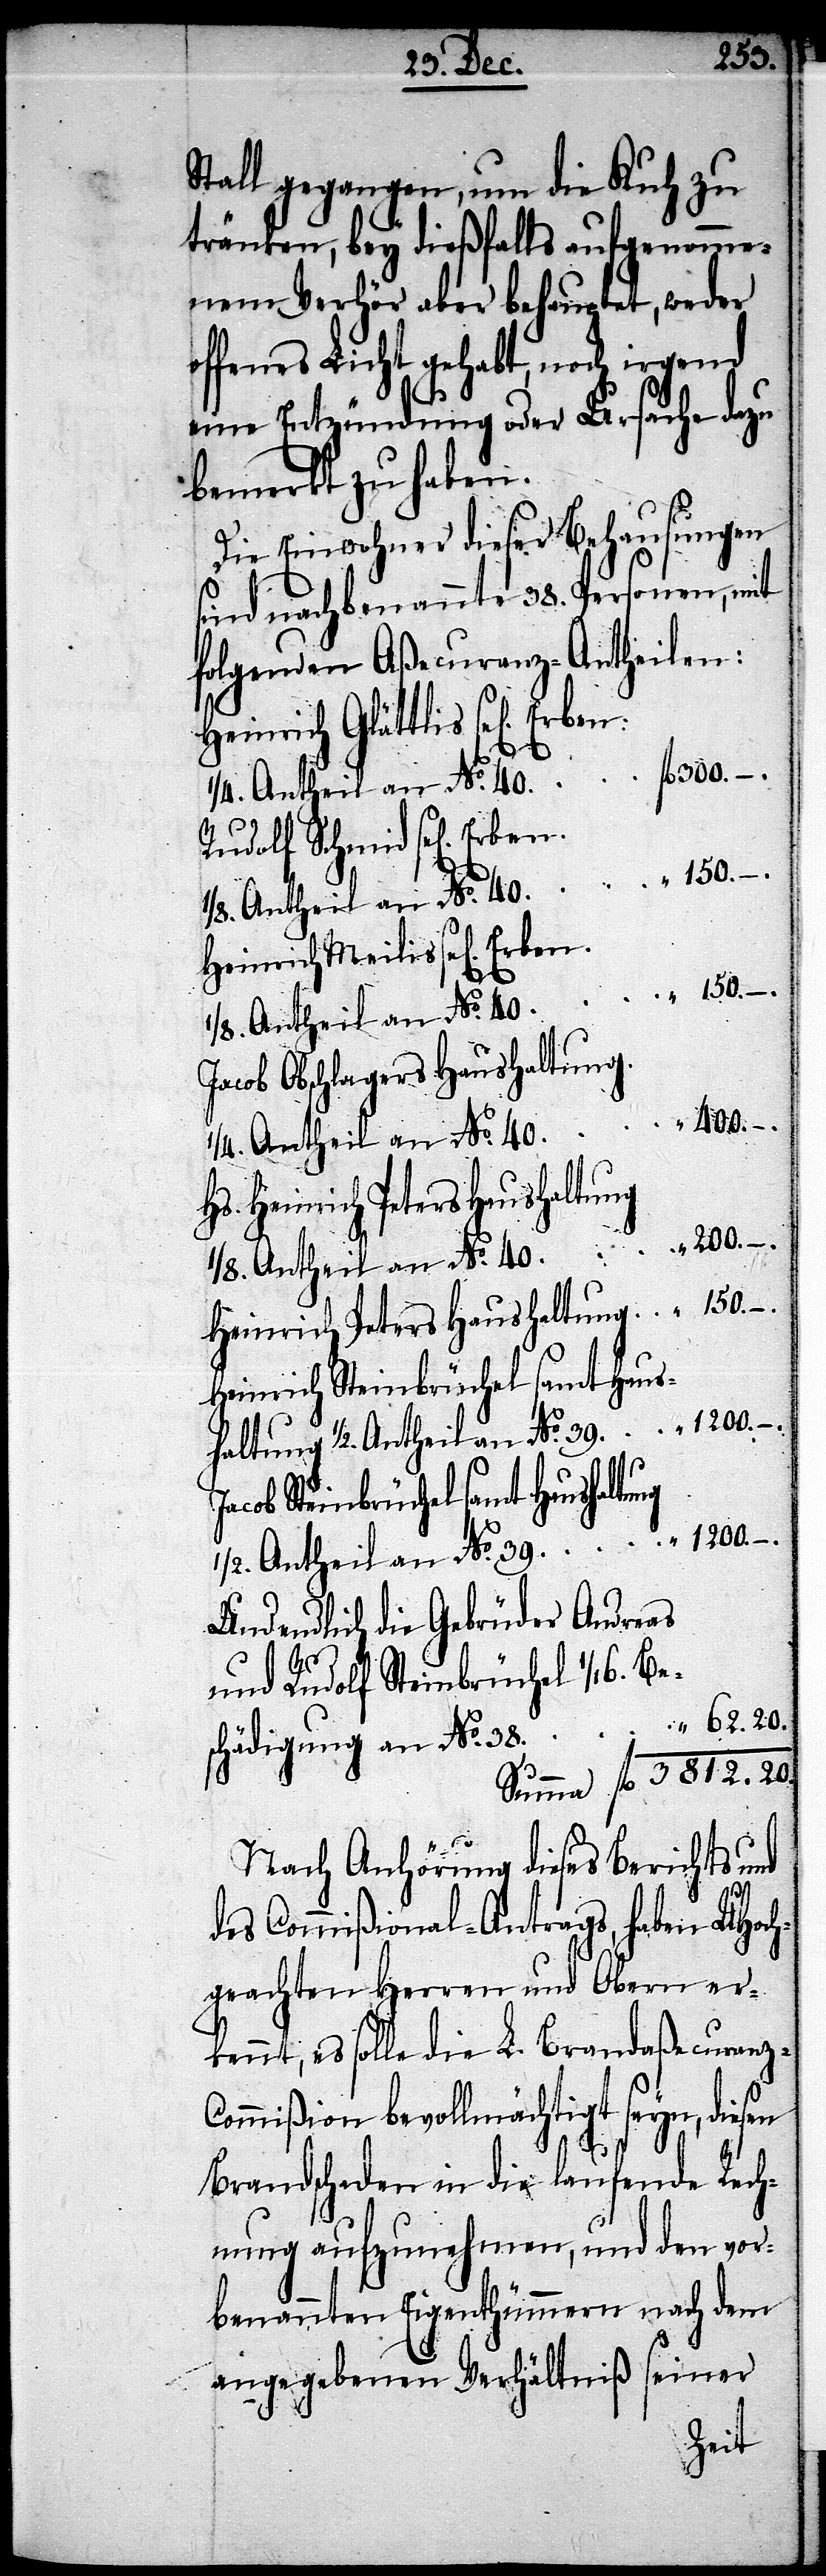
3812.20.
Stall gegangen, um die Kuh zu
tränken, bey dießfalls aufgenomme¬
nem Verhör aber behauptet, weder
offenes Licht gehabt, noch irgend
eine Entzündung oder Ursache dazu
bemerkt zu haben.
Die Einwohner dieser Behausungen
sind nachbenannte 38. Personen, mit
folgenden Aßecuranz-Antheilen:
Heinrich Meilis sel[ig] Erben
fl.
Rudolf Schmid sel[ig]
Jacob Obschlagers Haushaltung.
400.
1/2. Antheil an No. 39
Heinrich Peters Haushaltung
Jacob Steinbrüchel samt Haushaltung
Und endlich die Gebrüder Andreas
und Rudolf Steinbrüchel
schädigung an No. 38.
Nach Anhörung diese Berichts und
des Commißional-Antrags, haben UHoch¬
geachten Herren und Obern er¬
kennt, es solle die L. Brand-Aßecuranz-C¬
ommißion bevollmächtigt seyn, diesen
Brandschaden in die laufende Rech¬
nung aufzunehmen, und den vor¬
benannten Eigenthümern nach dem
angegebenen Verhältniß seiner
Hein¬